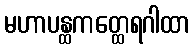
မဟာပန္ထကတ္ထေရဂါထာ